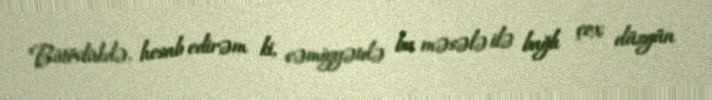
Bütövlükdə, hesab edirəm ki, cəmiyyətdə bu məsələ ilə bağlı çox düzgün